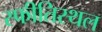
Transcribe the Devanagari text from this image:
स्फीतिस्थल